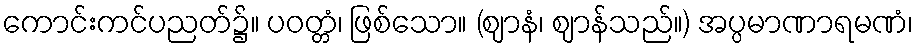
ကောင်းကင်ပညတ်၌။ ပဝတ္တံ၊ ဖြစ်သော။ (ဈာနံ၊ ဈာန်သည်။) အပ္ပမာဏာရမဏံ၊